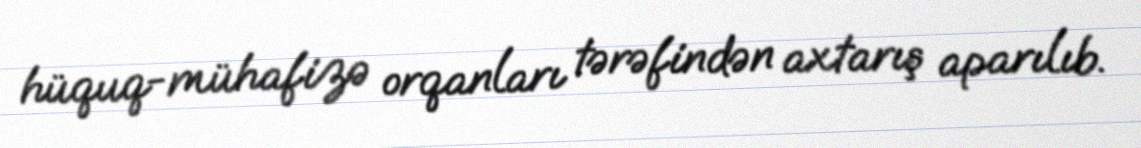
hüquq-mühafizə orqanları tərəfindən axtarış aparılıb.